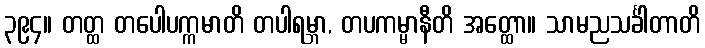
၃၉၄။ တတ္ထ တပေါပက္ကမာတိ တပါရမ္ဘာ, တပကမ္မာနီတိ အတ္ထော။ သာမညသင်္ခါတာတိ